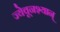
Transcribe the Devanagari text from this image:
ज्येवूनश्यान्